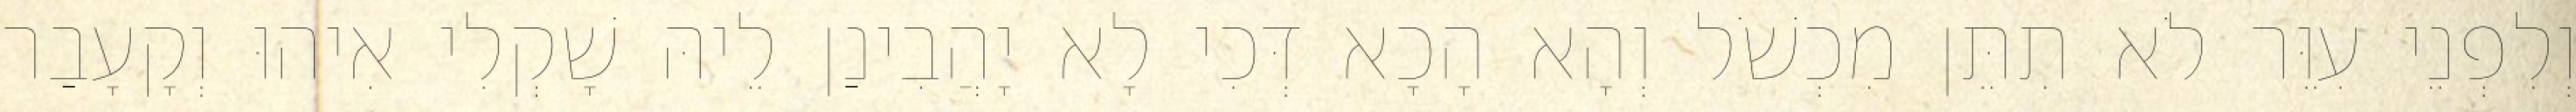
וְלִפְנֵי עִוֵּר לֹא תִתֵּן מִכְשֹׁל וְהָא הָכָא דְּכִי לָא יָהֲבִינַן לֵיהּ שָׁקְלִי אִיהוּ וְקָעָבַר